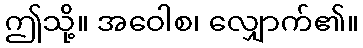
ဤသို့။ အဝေါစ၊ လျှောက်၏။